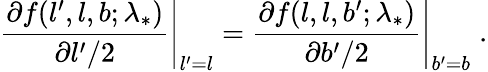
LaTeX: \left.\frac{\partial f(l^{\prime},l,b;\lambda_{*})}{\partial l^{\prime}/2}\right|_{l^{\prime}=l}=\left.\frac{\partial f(l,l,b^{\prime};\lambda_{*})}{\partial b^{\prime}/2}\right|_{b^{\prime}=b}\; .